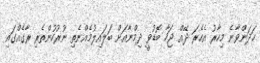
ހަދަންވާނެ މިހާރު އެހެރަ ދޭއް ޖަހާ ބޮޑުވީ ދިމްނާއަށް ބަލައިލުމެއްނެތި ނުރުހުންތެރި ރާގެއްގައި